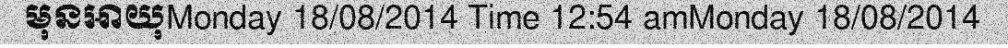
មុនអាយុMonday 18/08/2014 Time 12:54 amMonday 18/08/2014